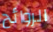
الروائح